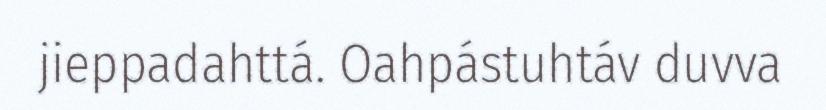
jieppadahttá. Oahpástuhtáv duvva